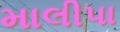
માલીપા